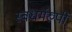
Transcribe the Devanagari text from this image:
स्वधर्मरुपी